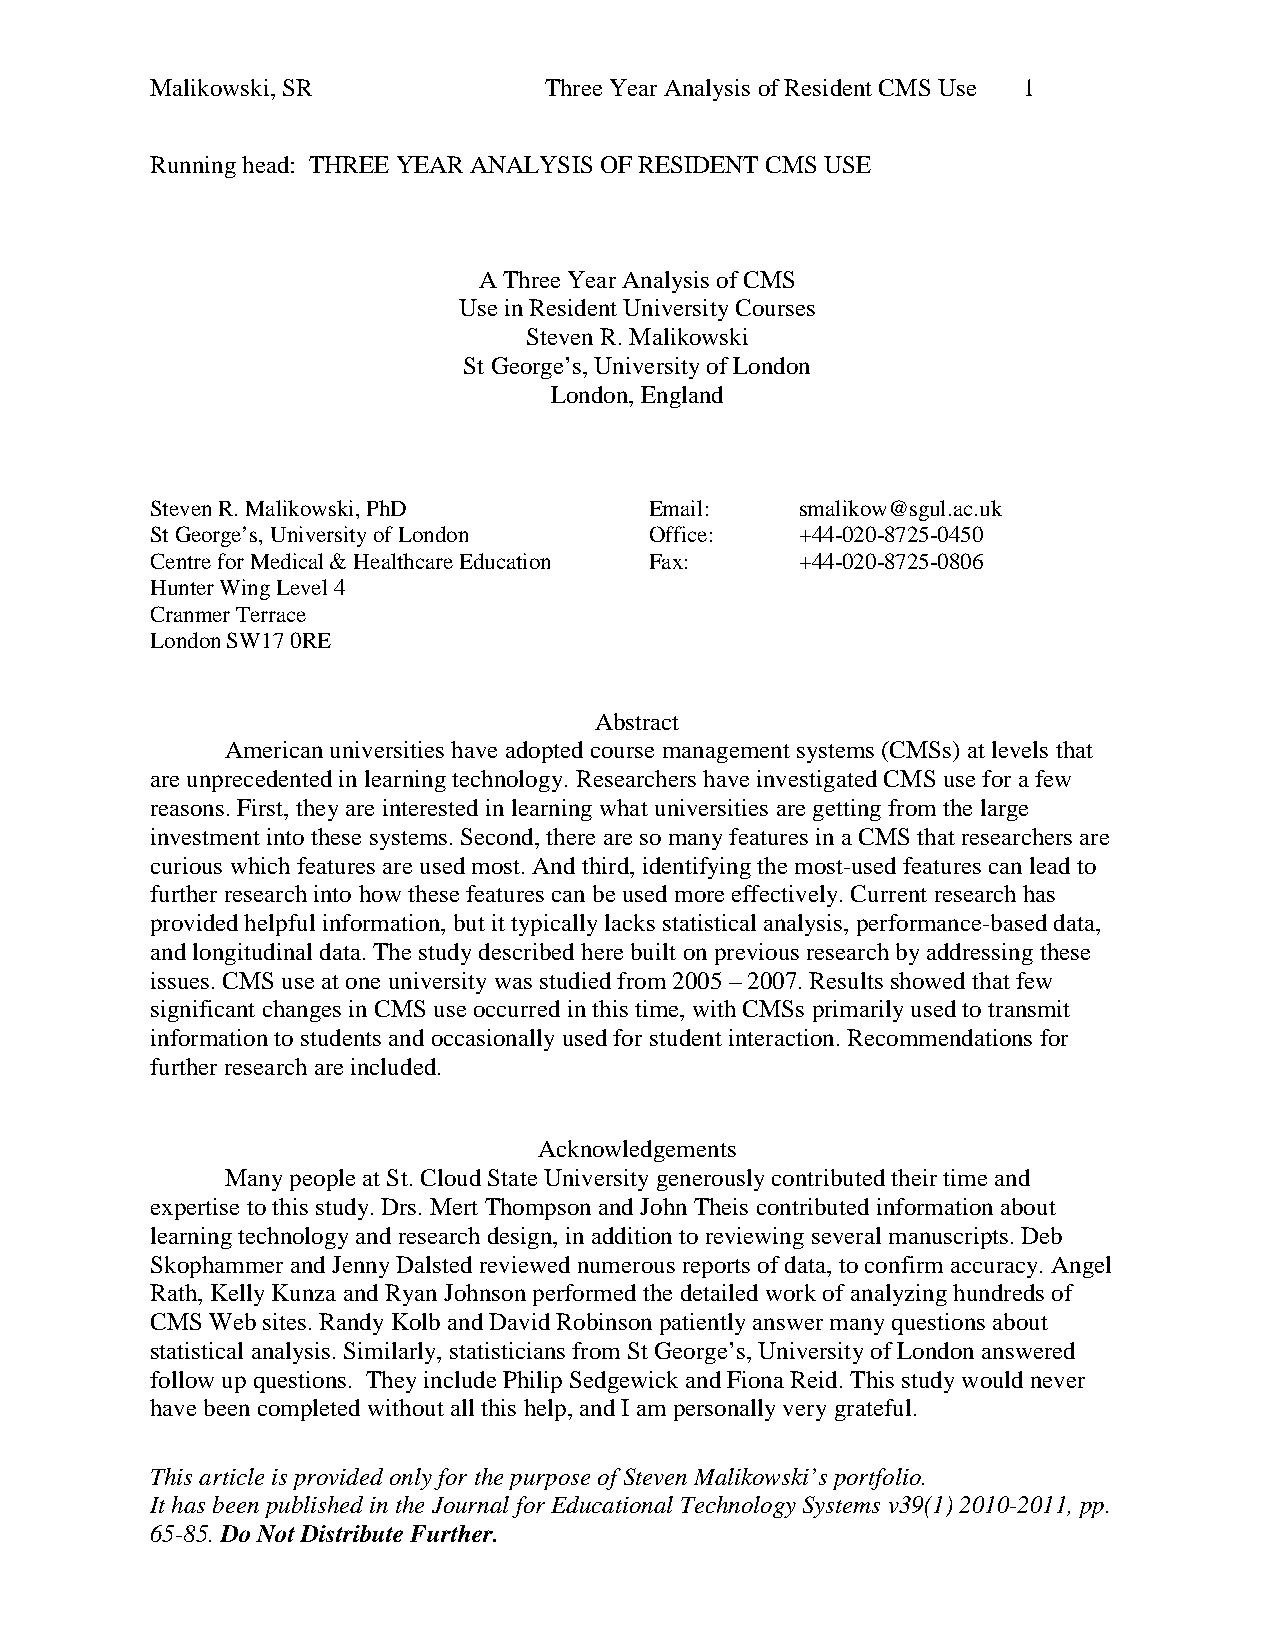
Malikowski, SR            Three Year Analysis of Resident CMS Use 1
 Running head: THREE YEAR ANALYSIS OF RESIDENT CMS USE
 A Three Year Analysis of CMS
 Use in Resident University Courses
 Steven R. Malikowski
 St George’s, University of London
 London, England
 Steven R. Malikowski, PhD        Email:    smalikow@sgul.ac.uk
 St George’s, University of London Office:  +44-020-8725-0450
 Centre for Medical & Healthcare Education Fax: +44-020-8725-0806
 Hunter Wing Level 4
 Cranmer Terrace
 London SW17 0RE
 Abstract
 American universities have adopted course management systems (CMSs) at levels that
 are unprecedented in learning technology. Researchers have investigated CMS use for a few
 reasons. First, they are interested in learning what universities are getting from the large
 investment into these systems. Second, there are so many features in a CMS that researchers are
 curious which features are used most. And third, identifying the most-used features can lead to
 further research into how these features can be used more effectively. Current research has
 provided helpful information, but it typically lacks statistical analysis, performance-based data,
 and longitudinal data. The study described here built on previous research by addressing these
 issues. CMS use at one university was studied from 2005 – 2007. Results showed that few
 significant changes in CMS use occurred in this time, with CMSs primarily used to transmit
 information to students and occasionally used for student interaction. Recommendations for
 further research are included.
 Acknowledgements
 Many people at St. Cloud State University generously contributed their time and
 expertise to this study. Drs. Mert Thompson and John Theis contributed information about
 learning technology and research design, in addition to reviewing several manuscripts. Deb
 Skophammer and Jenny Dalsted reviewed numerous reports of data, to confirm accuracy. Angel
 Rath, Kelly Kunza and Ryan Johnson performed the detailed work of analyzing hundreds of
 CMS Web sites. Randy Kolb and David Robinson patiently answer many questions about
 statistical analysis. Similarly, statisticians from St George’s, University of London answered
 follow up questions. They include Philip Sedgewick and Fiona Reid. This study would never
 have been completed without all this help, and I am personally very grateful.
 This article is provided only for the purpose of Steven Malikowski’s portfolio.
 It has been published in the Journal for Educational Technology Systems v39(1) 2010-2011, pp.
 65-85. Do Not Distribute Further.